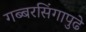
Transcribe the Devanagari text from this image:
गब्बरसिंगापुढे